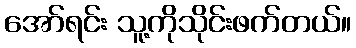
အော်ရင်း သူ့ကိုသိုင်းဖက်တယ်။